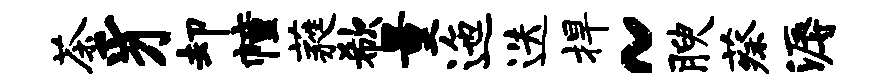
茶豸却幢蕤欷量迤迭捍~腴蔡溽